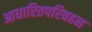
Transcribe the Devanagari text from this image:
आधारितपरिवहन